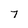
Character: 7